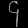
Digit: ၄